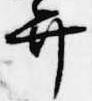
弁